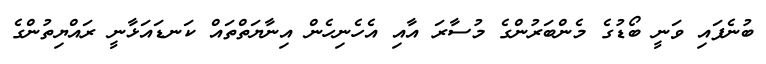
ބުނެފައި ވަނީ ބޯޑުގެ މެންބަރުންގެ މުސާރަ އާއި އެހެނިހެން އިނާޔަތްތައް ކަނޑައަޅާނީ ރައްޔިތުންގެ